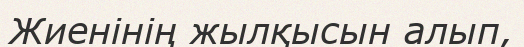
Жиенінің жылқысын алып,